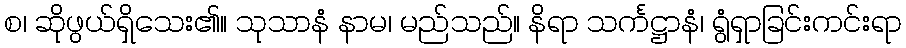
စ၊ ဆိုဖွယ်ရှိသေး၏။ သုသာနံ နာမ၊ မည်သည်။ နိရာ သင်္ကဋ္ဌာနံ၊ ရွံရှာခြင်းကင်းရာ